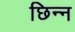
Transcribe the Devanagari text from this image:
छिन्‍न